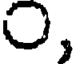
O,